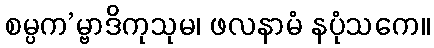
စမ္ပက’မ္ဗာဒိကုသုမ၊ ဖလနာမံ နပုံသကေ။